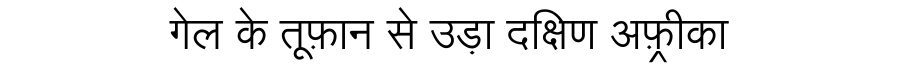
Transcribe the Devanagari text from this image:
गेल के तूफ़ान से उड़ा दक्षिण अफ़्रीका